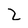
Character: 2